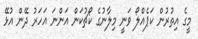
މީގެ އިތުރުން ކަޕެއްލޯ ވަނީ މިލާނުގެ ކޯޗުކަން އަންނަ އަހަރު ދޭން އުޅޭ